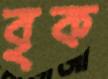
বৃক